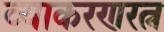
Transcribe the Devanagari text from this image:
व्याकरणरत्न